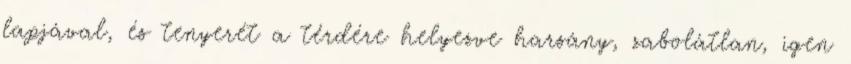
lapjával, és tenyerét a térdére helyezve harsány, zabolátlan, igen